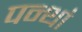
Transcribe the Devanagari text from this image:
पन्थां